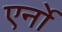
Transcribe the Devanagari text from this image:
एर्नो